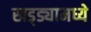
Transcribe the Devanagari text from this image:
खड्ड्यामध्ये